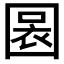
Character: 𡈃